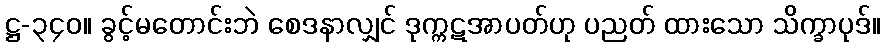
ဋ္ဌ-၃၄၀။ ခွင့်မတောင်းဘဲ စေဒနာလျှင် ဒုက္ကဋအာပတ်ဟု ပညတ် ထားသော သိက္ခာပုဒ်။